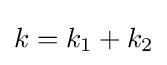
k=k_{1}+k_{2}